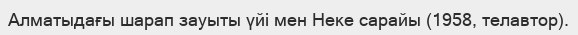
Алматыдағы шарап зауыты үйі мен Неке сарайы (1958, телавтор).